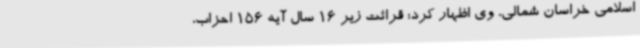
اسلامی خراسان شمالی، وی اظهار کرد: قرائت زیر 16 سال آیه 156 احزاب،